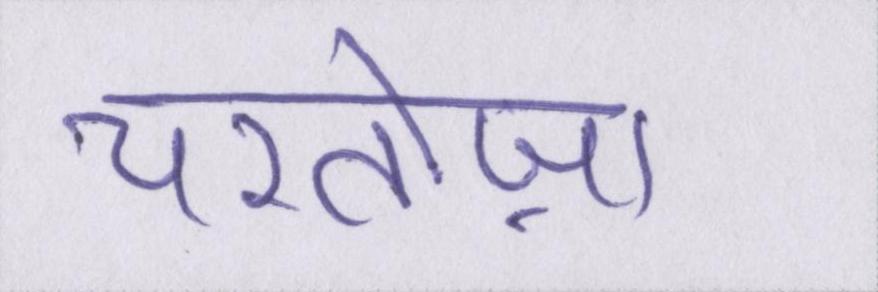
चरतोज़ा